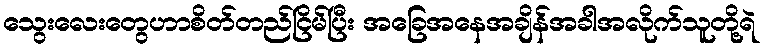
သွေးလေးတွေဟာစိတ်တည်ငြိမ်ပြီး အခြေအနေအချိန်အခါအလိုက်သူတို့ရဲ